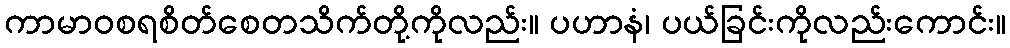
ကာမာဝစရစိတ်စေတသိက်တို့ကိုလည်း။ ပဟာနံ၊ ပယ်ခြင်းကိုလည်းကောင်း။